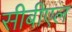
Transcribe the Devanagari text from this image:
सीबीएल